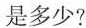
是多少?